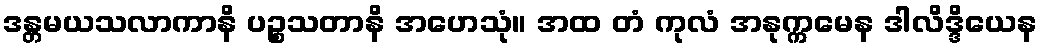
ဒန္တမယသလာကာနိ ပဉ္စသတာနိ အဟေသုံ။ အထ တံ ကုလံ အနုက္ကမေန ဒါလိဒ္ဒိယေန